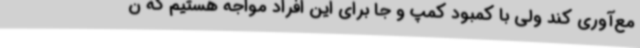
مع‌آوری کند ولی با کمبود کمپ و جا برای این افراد مواجه هستیم که ن